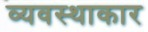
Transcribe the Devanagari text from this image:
व्यवस्थाकार